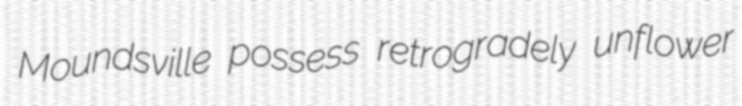
Moundsville possess retrogradely unflower